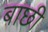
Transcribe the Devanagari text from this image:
बाछी